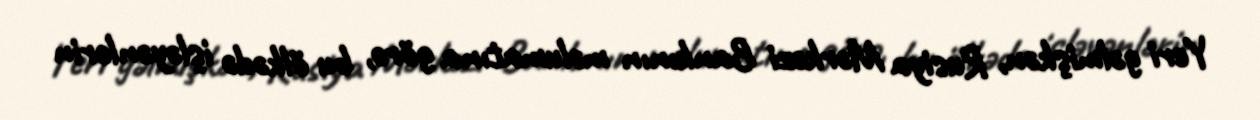
Yeri gəlmişkən, Rusiya Mərkəzi Bankının məlumatına görə, bu ölkədə işləyənlərin